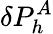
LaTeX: \delta P_{h}^{A}